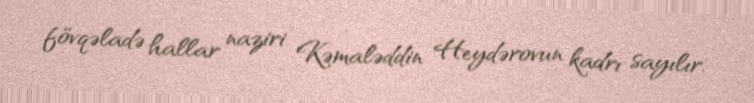
fövqəladə hallar naziri Kəmaləddin Heydərovun kadrı sayılır.